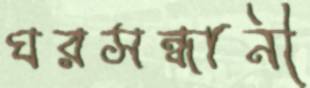
ঘরসন্ধানী